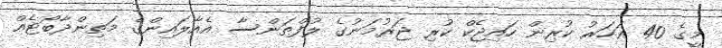
މީގެ 40 އަހަރު ކުރިން ހައިޖެކް ކުރި ޖަރުމަނުގެ ލުފްތަންސާ އެއާލައިންގެ މަތިންދާބޯޓެއް